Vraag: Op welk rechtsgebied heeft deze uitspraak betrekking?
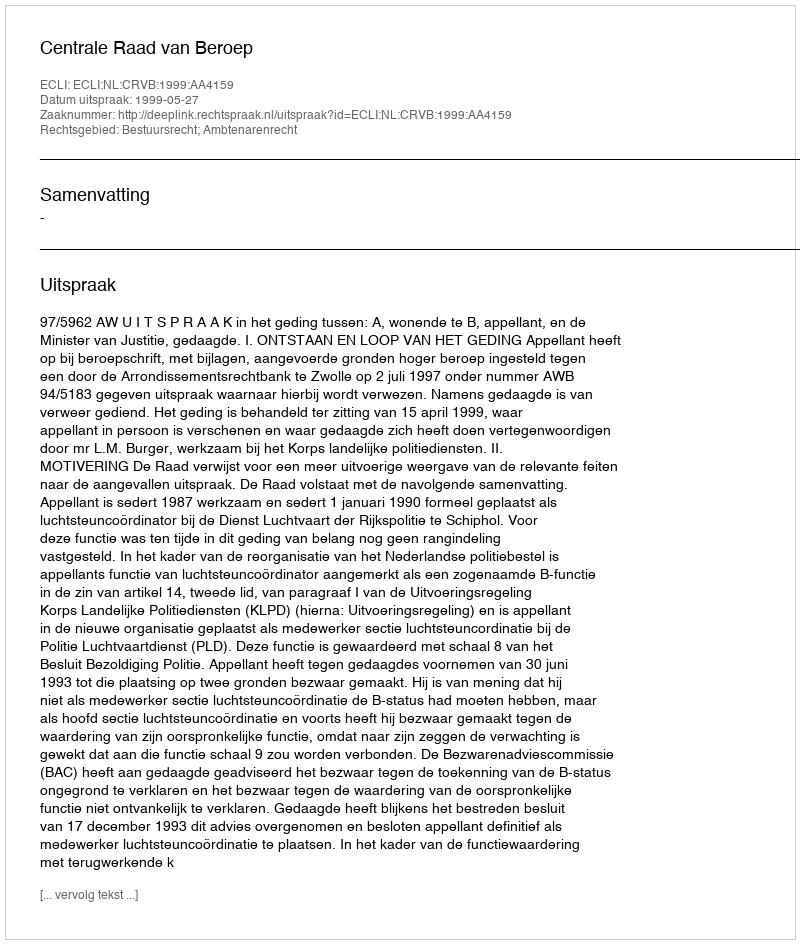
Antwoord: Bestuursrecht; Ambtenarenrecht